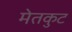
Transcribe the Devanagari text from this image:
मेतकुट